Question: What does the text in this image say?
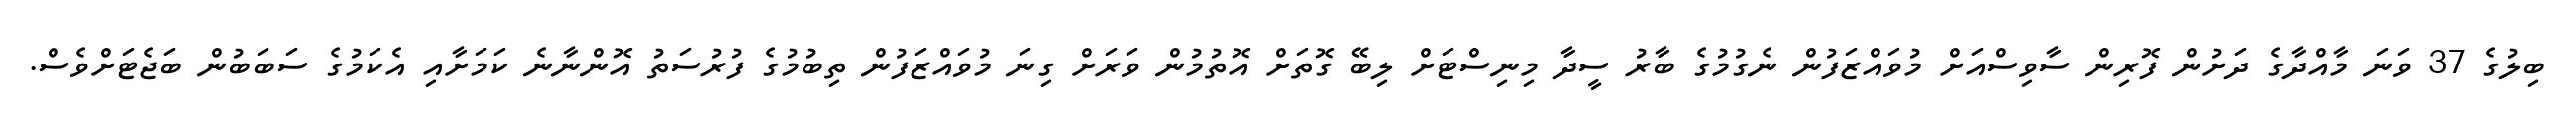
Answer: ބިލުގެ 37 ވަނަ މާއްދާގެ ދަށުން ފޮރިން ސާވިސްއަށް މުވައްޒަފުން ނެގުމުގެ ބާރު ސީދާ މިނިސްޓަށް ލިބޭ ގޮތަށް އޮތުމުން ވަރަށް ގިނަ މުވައްޒަފުން ތިބުމުގެ ފުރުސަތު އޮންނާނެ ކަމަށާއި އެކަމުގެ ސަބަބުން ބަޖެޓަށްވެސް.